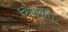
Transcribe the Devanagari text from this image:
स्वैपाकघर